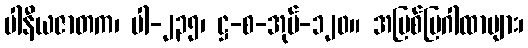
ပါနီယဇာတက၊ ပါ-၂၃၅၊ ဋ္ဌ-စ-အုပ်-၁၂၀။ အပြစ်ပြဂါထာများ၊